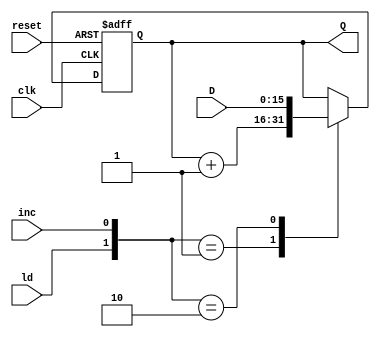
/**********************************************************************************
*	Project:		CPU EU
*	Designer:	Liam Gogley
*	Rev. Date:	2016-03-06
*
*	Purpose:		Simple flip flop to increment each address by 1 bit until the limit
*					is reached and the address returns to the first address line.
*
*	Notes:		8 bit address incrementer from addr_step button. 
**********************************************************************************/
`timescale 1ns / 1ps

module reg16_LI(clk, reset, ld, inc, D, Q);

	input clk, reset, ld, inc;
	input [15:0] D;
	
	output reg [15:0] Q;
	
	always @(posedge clk or posedge reset)
	begin
		if (reset == 1'b1)
			Q <= 16'b0;
		else
			case ({ld, inc})
				2'b01   : Q <= Q + 16'b1;
				2'b10   : Q <= D;
				default : Q <= Q;
			endcase
	end

endmodule